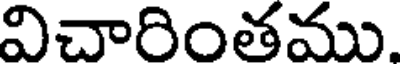
విచారింతము.